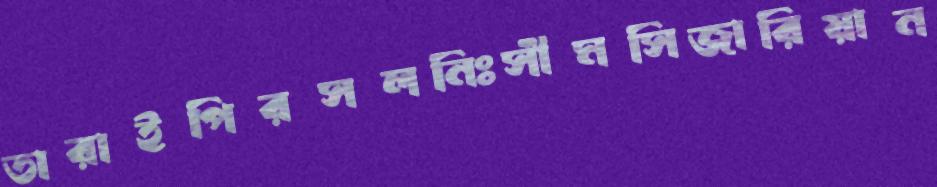
তারাইপিরসলনিঃসীমসিজারিয়ান